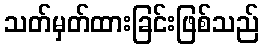
သတ်မှတ်ထားခြင်းဖြစ်သည်